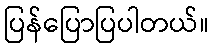
ပြန်ပြောပြပါတယ်။